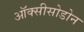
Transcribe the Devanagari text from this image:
ऑक्सीसोडोन